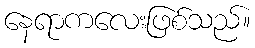
နေရာကလေးဖြစ်သည်။